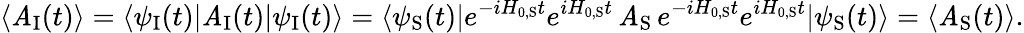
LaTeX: \langle\mathit{A}_{\mathrm{{I}}}(t)\rangle=\langle\psi_{\mathrm{{I}}}(t)|\mathit{A}_{\mathrm{{I}}}(t)|\psi_{\mathrm{{I}}}(t)\rangle=\langle\psi_{\mathrm{{S}}}(t)|e^{-iH_{0,{\mathrm{{S}}}}t}e^{iH_{0,{\mathrm{{S}}}}t}\, \mathit{A}_{\mathrm{{S}}}\, e^{-iH_{0,{\mathrm{{S}}}}t}e^{iH_{0,{\mathrm{{S}}}}t}|\psi_{\mathrm{{S}}}(t)\rangle=\langle\mathit{A}_{\mathrm{{S}}}(t)\rangle.